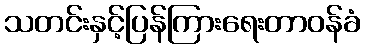
သတင်းနှင့်ပြန်ကြားရေးတာဝန်ခံ